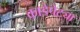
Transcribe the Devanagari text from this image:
काडेपेट्या